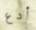
أدع